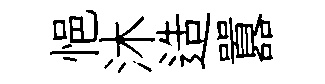
悒沐造囂